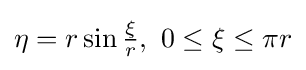
\eta =r\sin {\tfrac {\xi }{r}},\ 0\leq \xi \leq \pi r